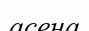
асена